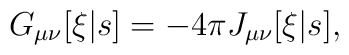
G_{\mu\nu}[\xi|s] = - 4\pi J_{\mu\nu}[\xi|s],